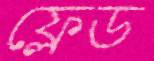
ফ্লেড